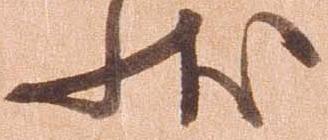
状